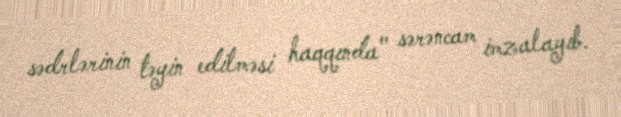
sədrlərinin təyin edilməsi haqqında" sərəncam imzalayıb.